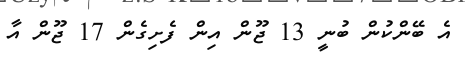
އެ ބޭންކުން ބުނީ 13 ޖޫން އިން ފެށިގެން 17 ޖޫން އާ